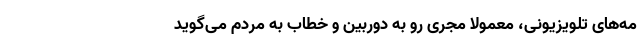
مه‌های تلویزیونی، معمولا مجری رو به دوربین و خطاب به مردم می‌گوید